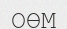
ОӨМ